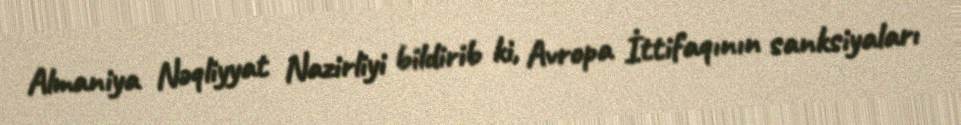
Almaniya Nəqliyyat Nazirliyi bildirib ki, Avropa İttifaqının sanksiyaları